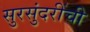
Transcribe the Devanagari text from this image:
सुरसुंदरींची